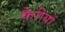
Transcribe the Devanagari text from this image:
फैरीयों